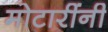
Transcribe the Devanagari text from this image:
मोटारींनी